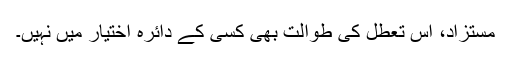
مستزاد، اس تعطّل کی طوالت بھی کسی کے دائرہِ اختیار میں نہیں۔